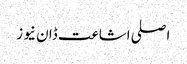
اصلی اشاعت ڈان نیوز